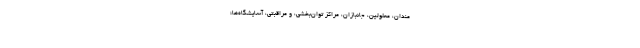
مندان، معلولین، جانبازان، مراکز توان‌بخشی، و مراقبتی، آسایشگاه‌ها؛